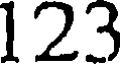
123